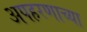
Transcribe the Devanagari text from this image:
अपहरणाच्या